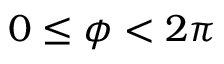
0 \le \phi < 2 \pi